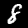
Digit: 8